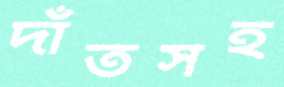
দাঁতসহ